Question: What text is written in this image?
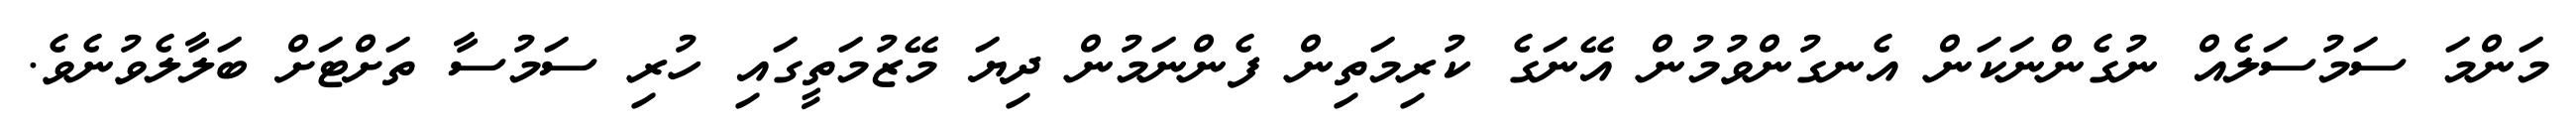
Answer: މަންމަ ސަމުސަލެއް ނުގެންނަކަން އެނގުންވުމުން އޭނަގެ ކުރިމަތިން ފެންނަމުން ދިޔަ މޭޒުމަތީގައި ހުރި ސަމުސާ ތަށްޓަށް ބަލާލެވުނެވެ.